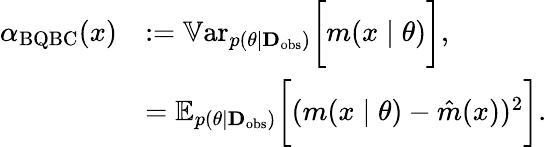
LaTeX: \begin{array}{rl}{\alpha_{\mathrm{BQBC}}(x)}&{:=\mathbb{V}\mathrm{ar}_{p(\theta\mid\textbf{D}_{\mathrm{obs}})}\bigg[m(x\mid\theta)\bigg],}\\ &{=\mathbb{E}_{p(\theta\mid\textbf{D}_{\mathrm{obs}})}\bigg[(m(x\mid\theta)-\hat{m}(x))^{2}\bigg].}\end{array}